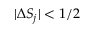
| \Delta S _ { j } | < 1 / 2